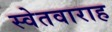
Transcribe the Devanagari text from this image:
स्वेतवाराह